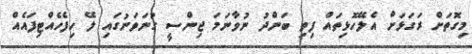
މިގޮތަށް ރަގަޅަށް އެލޭހޮޅިތައް ފިތި ބަންދު ނުވާނަމަ ޖިންސީ ގުނަވަނުގައި ލޭ ހިފެހެއްޓިފައެއް